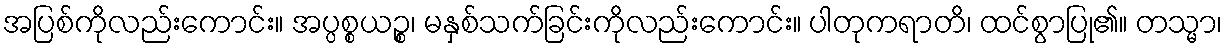
အပြစ်ကိုလည်းကောင်း။ အပ္ပစ္စယဉ္စ၊ မနှစ်သက်ခြင်းကိုလည်းကောင်း။ ပါတုကရာတိ၊ ထင်စွာပြု၏။ တသ္မာ၊